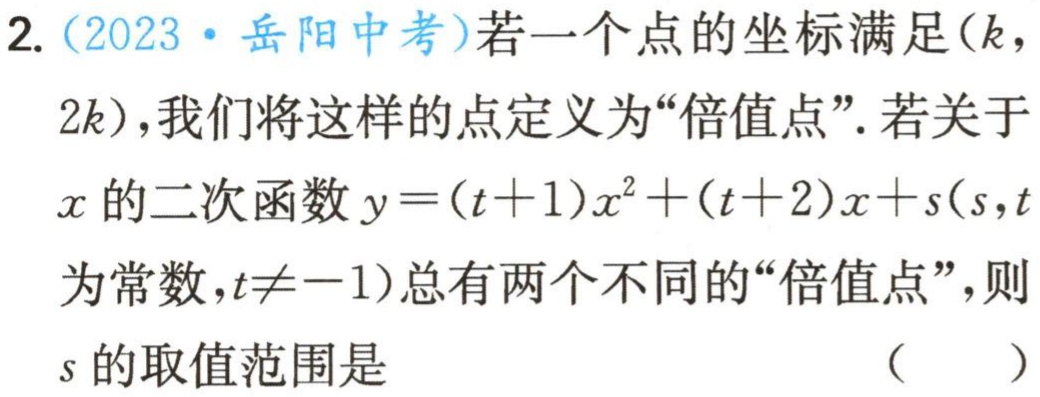
2.（2023·岳阳中考）若一个点的坐标满足\((k,2k)\)，我们将这样的点定义为“倍值点”.若关于\(x\)的二次函数\(y = (t + 1)x^{2}+(t + 2)x + s(s,t\)为常数，\(t\neq - 1)\)总有两个不同的“倍值点”，则\(s\)的取值范围是 （  ）